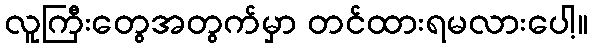
လူကြီးတွေအတွက်မှာ တင်ထားရမလားပေါ့။